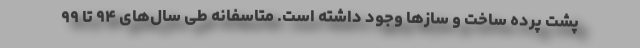
پشت پرده ساخت و سازها وجود داشته است. متاسفانه طی سال‌های ۹۴ تا ۹۹